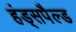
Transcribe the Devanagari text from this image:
हंड्सपैल्ड